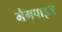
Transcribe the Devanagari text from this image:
मैगपाइज